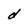
Character: d